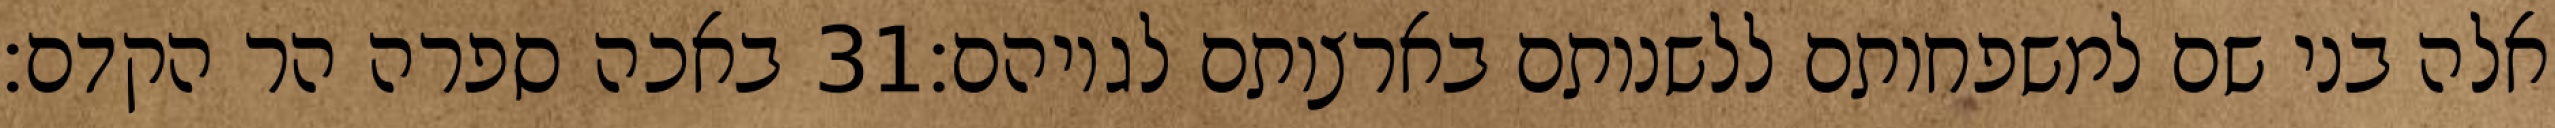
באכה ספרה הר הקדם׃ ‎31‏ אלה בני שם למשפחותם ללשנותם בארצותם לגויהם׃